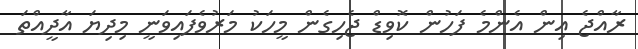
ރާއްޖެ އިން އެންމެ ފަހުން ކޮވިޑް ޖެހިގެން މީހަކު މަރުވެފައިވަނީ މިދިޔަ އާދީއްތަ